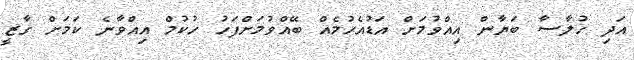
އަދި ހުލާސާ ބަޔާން އިއްވުމަށް އަޑުއެހުމެއް ބޭއްވުމަށްފަހު ހުކުމް އިއްވާނެ ކަމަށް ގާޒީ